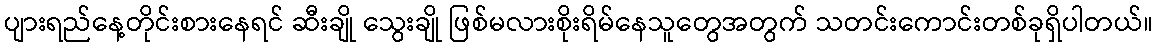
ပျားရည်နေ့တိုင်းစားနေရင် ဆီးချို သွေးချို ဖြစ်မလားစိုးရိမ်နေသူတွေအတွက် သတင်းကောင်းတစ်ခုရှိပါတယ်။